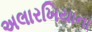
અલારખિયાના